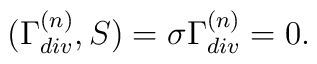
(\Gamma^{(n)}_{div},S)=\sigma \Gamma^{(n)}_{div}=0.